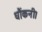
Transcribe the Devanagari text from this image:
धौंकनी।